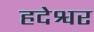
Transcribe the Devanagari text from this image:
हदेश्वर